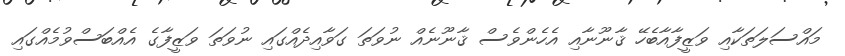
މައްސަލަތަކާއި ވަޒީފާއާބެހޭ ޤާނޫނާއި އެހެންވެސް ޤާނޫނެއް ނުވަތަ ގަވާއިދެއްގައި ނުވަތަ ވަޒީފާގެ އެއްބަސްވުމެއްގައި